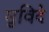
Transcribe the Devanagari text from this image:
सुविदे